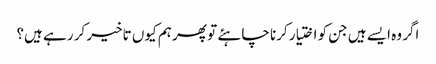
اگر وہ ایسے ہیں جن کو اختیار کرنا چاہئے تو پھر ہم کیوں تاخیر کر رہے ہیں؟